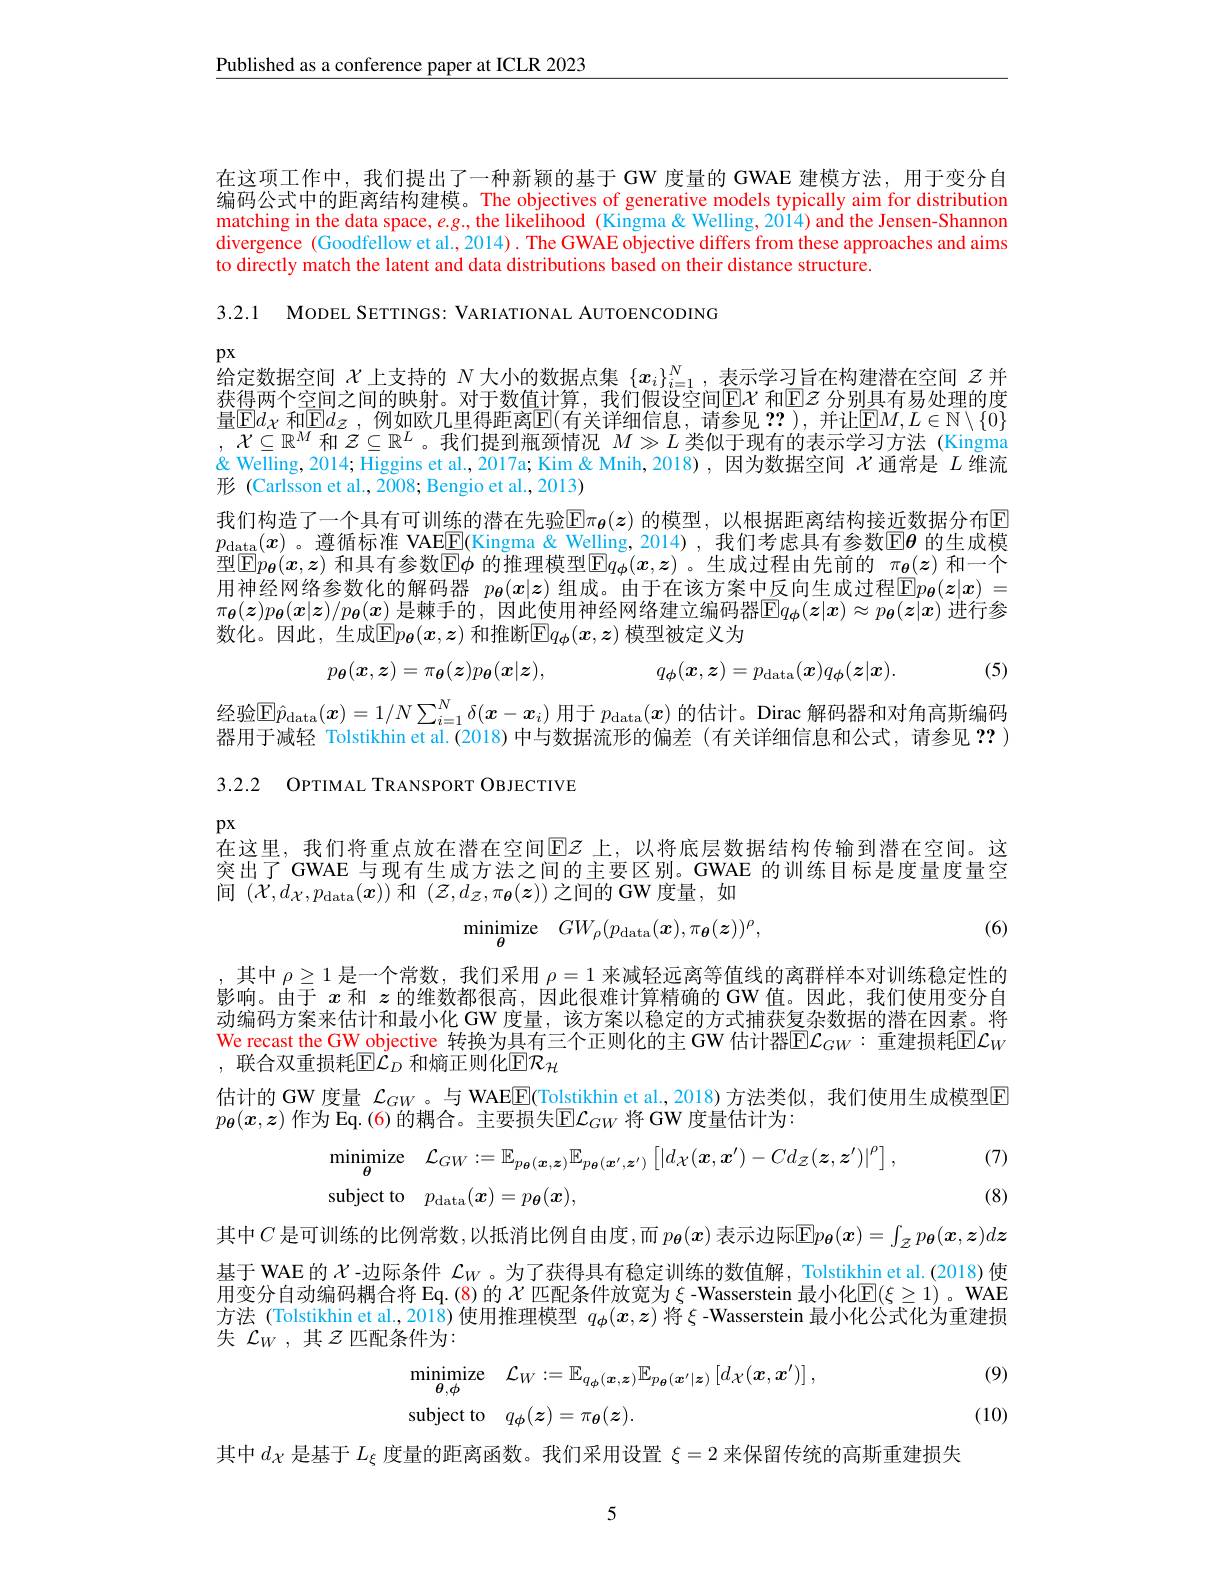
Published as a conference paper at ICLR 2023

在这项工作中，我们提出了一种新颖的基于 GW 度量的 GWAE 建模方法，用于变分自编码公式中的距离结构建模。The objectives of generative models typically aim for distribution matching in the data space, $e.g.$,the likelihood (Kingma& Welling, 2014) and the Jensen-Shannon divergence (Goodfellow et al., 2014). The GWAE objective differs from these approaches and aims to directly match the latent and data distributions based on their distance structure.

3.2.1 MODEL SETTINGS: VARIATIONAL AUTOENCODING

$px$
给定数据空间$\chi$上支持的$N$大小的数据点集$\{x_i\}_{i=1}^N$ ,表示学习旨在构建潜在空间$z$并获得两个空间之间的映射。对于数值计算，我们假设空间$\operatorname{E}\mathcal{X}$ 和E$\Xi$ 分别具有易处理的度量$\mathbb{E}d_\mathcal{X}$ 和$\mathbb{E}d_\mathcal{Z}$ ,例如欧几里得距离$\mathbb{E}($有关详细信息，请参见 ??), 并让$\mathbb{E}M,L\in\mathbb{N}\setminus\{0\}$ $,\mathcal{X}\subseteq\mathbb{R}^M$和$\mathcal{Z}\subseteq\mathbb{R}^L$。我们提到瓶颈情况$M\gg L$类似于现有的表示学习方法 (Kingma & Welling, 2014; Higgins et al., 2017a; Kim & Mnih, 2018) , 因为数据空间$\chi$通常是$L$维流形 (Carlsson et al.,2008; Bengio et al., 2013)
我们构造了一个具有可训练的潜在先验$\mathbb{E}\pi_{\boldsymbol{\theta}}(z)$ 的模型，以根据距离结构接近数据分布$\mathbb{E}$ $p_\mathrm{data}(x)$。遵循标准 VAEE(Kingma& Welling, 2014),我们考虑具有参数$\mathbb{E}\boldsymbol{\theta}$ 的生成模型$[\mathbb{E}p_{\boldsymbol{\theta}}(x,z)$ 和具有参数$\mathbb{E}\phi$ 的推理模型$\mathbb{E}q_{\boldsymbol{\phi}}(x,z)$ 。生成过程由先前的 $\pi_{\boldsymbol{\theta}}(z)$ 和一个用神经网络参数化的解码器 $p_{\boldsymbol{\theta}}(\boldsymbol{x}|\boldsymbol{z})$ 组成。由于在该方案中反向生成过程$\mathbb{E}p_{\boldsymbol{\theta}}(\boldsymbol{z}|\boldsymbol{x})=$ $\pi_{\boldsymbol{\theta}}(\boldsymbol{z})p_{\boldsymbol{\theta}}(\boldsymbol{x}|\boldsymbol{z})/p_{\boldsymbol{\theta}}(\boldsymbol{x})$ 是棘手的，因此使用神经网络建立编码器$\mathbb{E}q_{\boldsymbol{\phi}}(\boldsymbol{z}|\boldsymbol{x})\approx p_{\boldsymbol{\theta}}(\boldsymbol{z}|\boldsymbol{x})$ 进行参数化。因此，生成$\mathbb{E}p_\boldsymbol{\theta}(\boldsymbol{x},\boldsymbol{z})$ 和推断$\mathbb{E}q_\boldsymbol{\phi}(\boldsymbol{x},\boldsymbol{z})$ 模型被定义为

(5)
$$p_{\theta}(\boldsymbol{x},\boldsymbol{z})=\pi_{\boldsymbol{\theta}}(\boldsymbol{z})p_{\boldsymbol{\theta}}(\boldsymbol{x}|\boldsymbol{z}),\quad q_{\boldsymbol{\phi}}(\boldsymbol{x},\boldsymbol{z})=p_{\mathrm{data}}(\boldsymbol{x})q_{\boldsymbol{\phi}}(\boldsymbol{z}|\boldsymbol{x}).$$
经验$\mathbb{E} \hat{p} _\mathrm{data}( \boldsymbol{x}) = 1/ N\sum _{i= 1}^N\delta ( \boldsymbol{x}- \boldsymbol{x}_i)$用于$p_\mathrm{data}(\boldsymbol{x})$的估计。Dirac 解码器和对角高斯编码器用于减轻 Tolstikhin et al.(2018)中与数据流形的偏差(有关详细信息和公式，请参见 ?? ) 3.2.2 OPTIMAL TRANSPORT OBJECTIVE

$px$
在这里，我们将重点放在潜在空间$\mathbb{E}z$ 上，以将底层数据结构传输到潜在空间。这突出了 GWAE 与现有生成方法之间的主要区别。GWAE 的训练目标是度量度量空间$( \mathcal{X} , d_{\mathcal{X} }, p_{\mathrm{data}}( \boldsymbol{x}) )$和$(\mathcal{Z},d_{\mathcal{Z}},\pi_{{\boldsymbol{\theta}}}(\boldsymbol{z}))$之间的 GW 度量，如

(6)
$$\underset{\theta}{\operatorname*{minimize}}\quad GW_{\rho}(p_{\mathrm{data}}(\boldsymbol{x}),\pi_{\boldsymbol{\theta}}(\boldsymbol{z}))^{\rho},$$
其中$\rho\geq1$是一个常数，我们采用$\rho=1$来减轻远离等值线的离群样本对训练稳定性的影响。由于$x$和$z$的维数都很高，因此很难计算精确的 GW 值。因此，我们使用变分自动编码方案来估计和最小化 GW 度量，该方案以稳定的方式捕获复杂数据的潜在因素。将We recast the GW objective 转换为具有三个正则化的主 GW 估计器$\overline{\mathrm{E}}\mathcal{L}_{GW}:$ 重建损耗$\mathbb{E}\mathcal{L}_W$ , 联合双重损耗$\mathbb{E}\mathcal{L}_D$ 和熵正则化$\mathbb{E}\mathcal{R}_\mathcal{H}$
估计的 GW 度量 $\mathcal{L}_{GW}$ 。与 WAE$\overline{\mathrm{F}}$(Tolstikhin et al.,2018)方法类似，我们使用生成模型$\mathbb{E}$
$p_{\boldsymbol{\theta}}(x,\boldsymbol{z})$ 作为 Eq. (6)的耦合。主要损失$\mathbb{E}\mathcal{L}_GW$ 将 GW 度量估计为：

(7)
$$\begin{aligned}&\underset{\theta}{\operatorname*{minimize}}\quad\mathcal{L}_{GW}:=\mathbb{E}_{p_{\theta}(\boldsymbol{x},\boldsymbol{z})}\mathbb{E}_{p_{\theta}(\boldsymbol{x}^{\prime},\boldsymbol{z}^{\prime})}\left[|d_{\mathcal{X}}(\boldsymbol{x},\boldsymbol{x}^{\prime})-Cd_{\mathcal{Z}}(\boldsymbol{z},\boldsymbol{z}^{\prime})|^{\rho}\right],\\&\mathrm{subject~to}\quad p_{\mathrm{data}}(\boldsymbol{x})=p_{\boldsymbol{\theta}}(\boldsymbol{x}),\end{aligned}$$
(8)
其中$C$ 是可训练的比例常数，以抵消比例自由度，而 $p_\boldsymbol{\theta}(\boldsymbol{x})$ 表示边际$\overline\mathbb{E}p_\boldsymbol{\theta}(\boldsymbol{x})=\int_\mathcal{Z}p_\boldsymbol{\theta}(\boldsymbol{x},\boldsymbol{z})d\boldsymbol{z}$ 基于 WAE 的$\chi$ -边际条件$\mathcal{L}_W$ 。为了获得具有稳定训练的数值解，Tolstikhin et al.(2018) 使用变分自动编码耦合将 Eq.(8)的$\chi$ 匹配条件放宽为 $\xi$ -Wasserstein 最小化$\overline{\mathrm{E}}(\xi\geq1)$ 。WAE 方法 (Tolstikhin et al.,2018) 使用推理模型$q_{\phi}(x,z)$将$\xi$ -Wasserstein 最小化公式化为重建损失$\mathcal{L}_W$,其$\mathcal{Z}$匹配条件为：
$$\begin{aligned}&\underset{\theta,\phi}{\operatorname*{minimize}}\quad\mathcal{L}_{W}:=\mathbb{E}_{q_{\phi}(\boldsymbol{x},\boldsymbol{z})}\mathbb{E}_{p_{\theta}(\boldsymbol{x}^{\prime}|\boldsymbol{z})}\left[d_{\mathcal{X}}(\boldsymbol{x},\boldsymbol{x}^{\prime})\right],\\&\mathrm{subject~to}\quad q_{\phi}(\boldsymbol{z})=\pi_{\boldsymbol{\theta}}(\boldsymbol{z}).\end{aligned}$$
(9)

(10)

其中$d_{\mathcal{X}}$是基于$L_\xi$度量的距离函数。我们采用设置$\xi=2$来保留传统的高斯重建损失

5